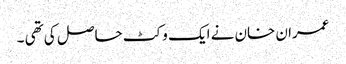
عمران خان نے ایک وکٹ حاصل کی تھی ۔